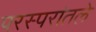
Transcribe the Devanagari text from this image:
परस्परांतले